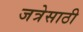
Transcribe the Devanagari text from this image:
जत्रेसाठी